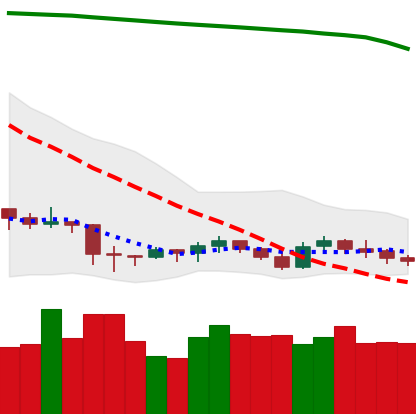
Ticker: XRP-USD
Chart end date: 2019-09-12
Forward return: 11.853%
Label: up_7plus